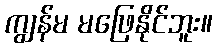
ကျွန်မ မဖြေနိုင်ဘူး။